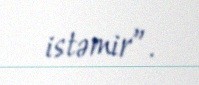
istəmir”.